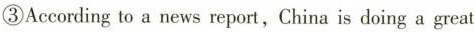
③According to a news report, China is doing a great